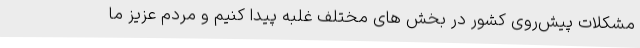
مشکلات پیش‌روی کشور در بخش های مختلف غلبه پیدا کنیم و مردم عزیز ما